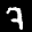
Label: 7